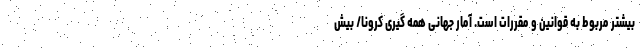
بیشتر مربوط به قوانین و مقررات است. آمار جهانی همه گیری کرونا/ بیش